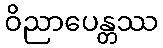
ဝိညာပေန္တဿ